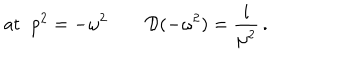
\mathrm { a t } \; \; p ^ { 2 } = - \omega ^ { 2 } \qquad { \cal D } ( - \omega ^ { 2 } ) = \frac { i } { \mu ^ { 2 } } \, .